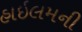
હાઇલમની